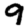
Digit: 9